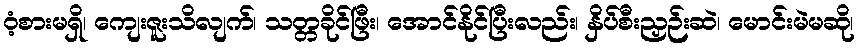
ဝံ့စားမရှိ၊ ကျေးဇူးသိလျက်၊ သတ္တခိုင်ဖြီး၊ အောင်နိုင်ပြီးလည်း၊ နှိပ်စီးညှဉ်းဆဲ၊ မောင်းမဲမဆို၊